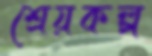
শ্রেয়কল্প